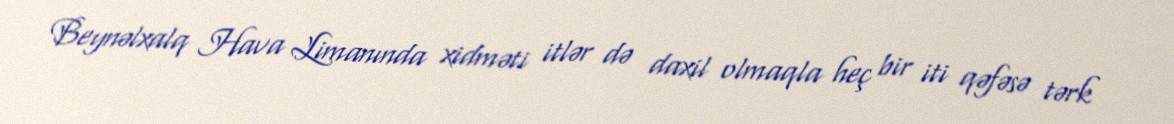
Beynəlxalq Hava Limanında xidməti itlər də daxil olmaqla heç bir iti qəfəsə tərk